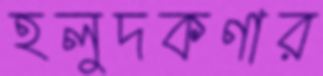
হলুদকণার